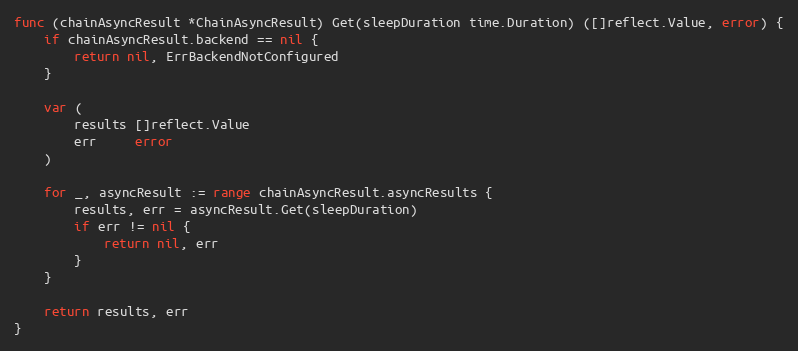
Language: Go
func (chainAsyncResult *ChainAsyncResult) Get(sleepDuration time.Duration) ([]reflect.Value, error) {
	if chainAsyncResult.backend == nil {
		return nil, ErrBackendNotConfigured
	}

	var (
		results []reflect.Value
		err     error
	)

	for _, asyncResult := range chainAsyncResult.asyncResults {
		results, err = asyncResult.Get(sleepDuration)
		if err != nil {
			return nil, err
		}
	}

	return results, err
}